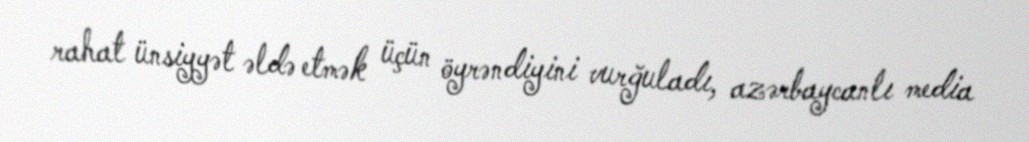
rahat ünsiyyət əldə etmək üçün öyrəndiyini vurğuladı, azərbaycanlı media